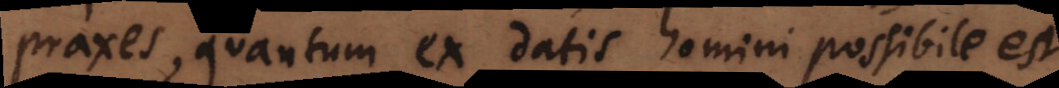
praxes, quantum ex datis homini possibile est,